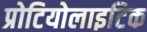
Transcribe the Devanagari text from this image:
प्रोटियोलाइटिक